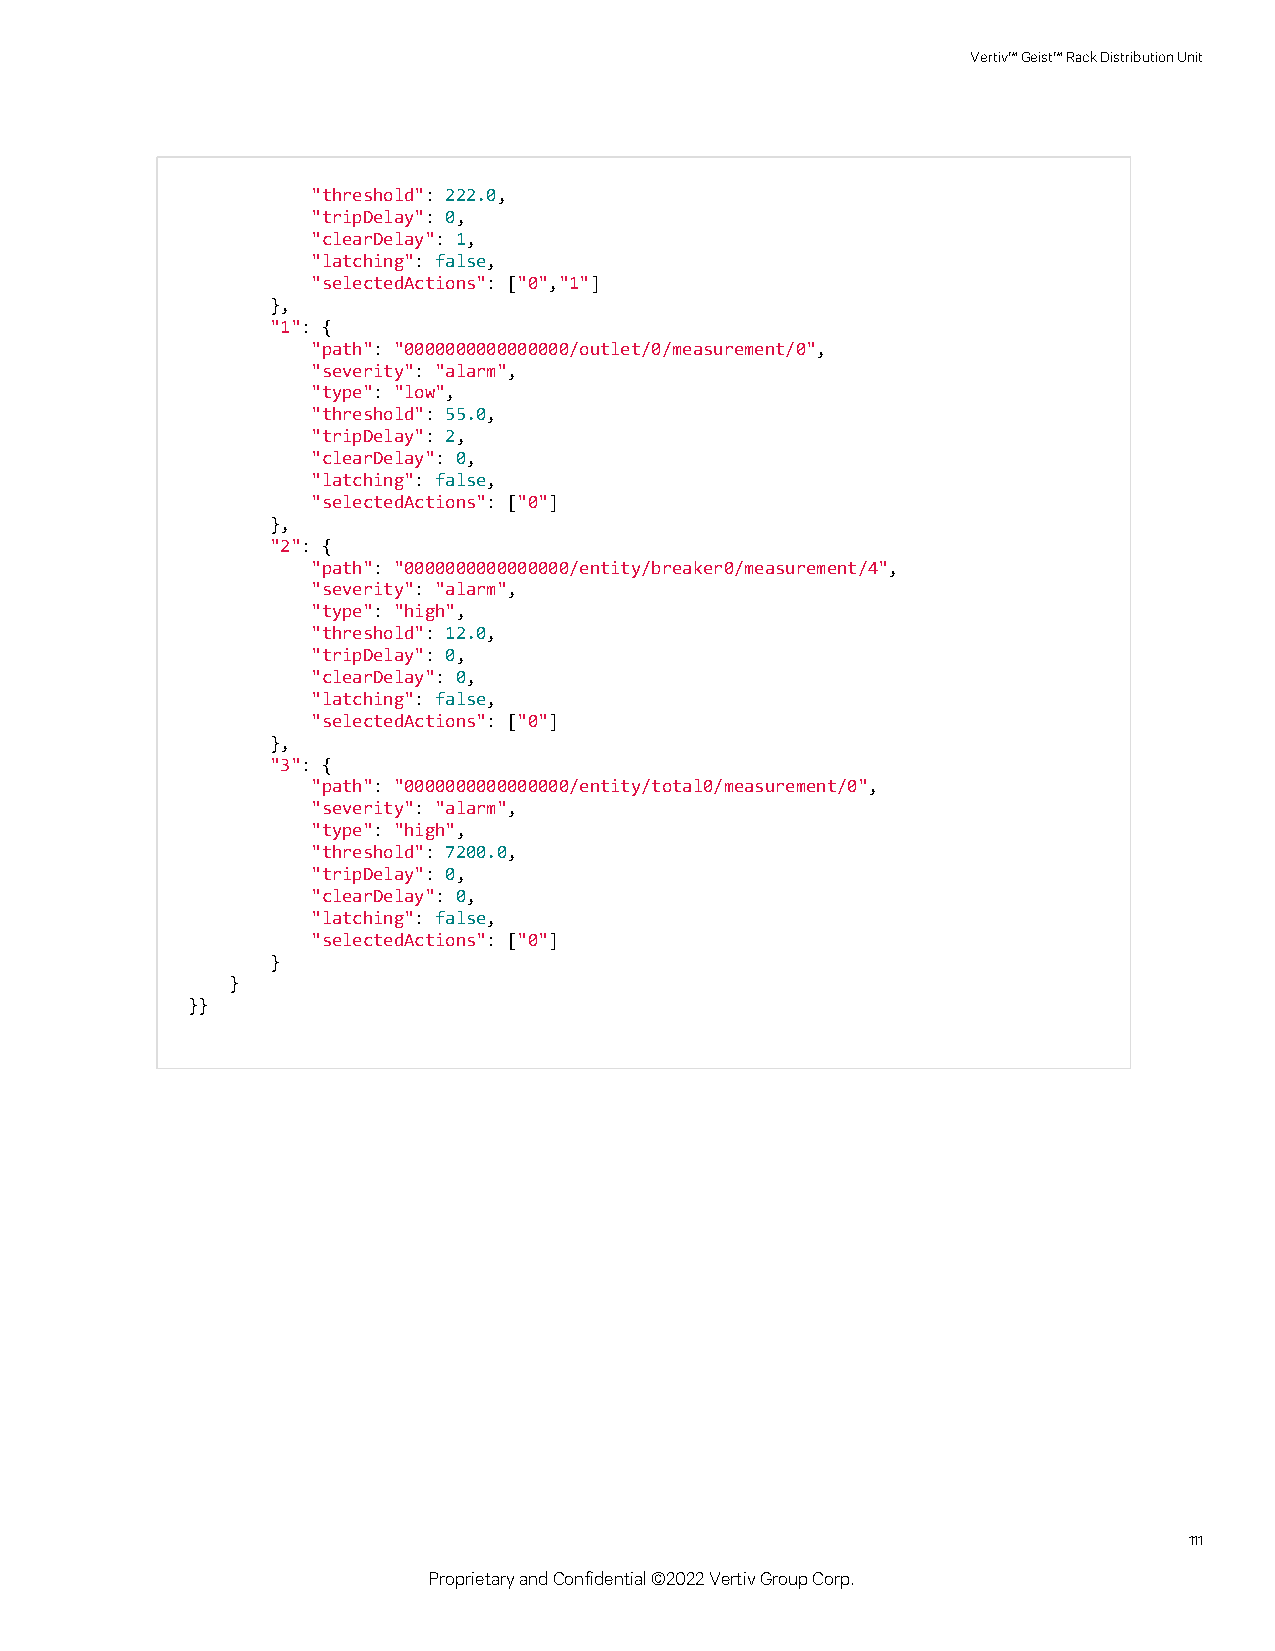
Vertiv™Geist™RackDistributionUnit
 "threshold": 222.0,
 "tripDelay": 0,
 "clearDelay": 1,
 "latching": false,
 "selectedActions": ["0","1"]
 },
 "1": {
 "path": "0000000000000000/outlet/0/measurement/0",
 "severity": "alarm",
 "type": "low",
 "threshold": 55.0,
 "tripDelay": 2,
 "clearDelay": 0,
 "latching": false,
 "selectedActions": ["0"]
 },
 "2": {
 "path": "0000000000000000/entity/breaker0/measurement/4",
 "severity": "alarm",
 "type": "high",
 "threshold": 12.0,
 "tripDelay": 0,
 "clearDelay": 0,
 "latching": false,
 "selectedActions": ["0"]
 },
 "3": {
 "path": "0000000000000000/entity/total0/measurement/0",
 "severity": "alarm",
 "type": "high",
 "threshold": 7200.0,
 "tripDelay": 0,
 "clearDelay": 0,
 "latching": false,
 "selectedActions": ["0"]
 }
 }
 }}
 111
 ProprietaryandConfidential©2022VertivGroupCorp.